画像に写った文字を読んでください
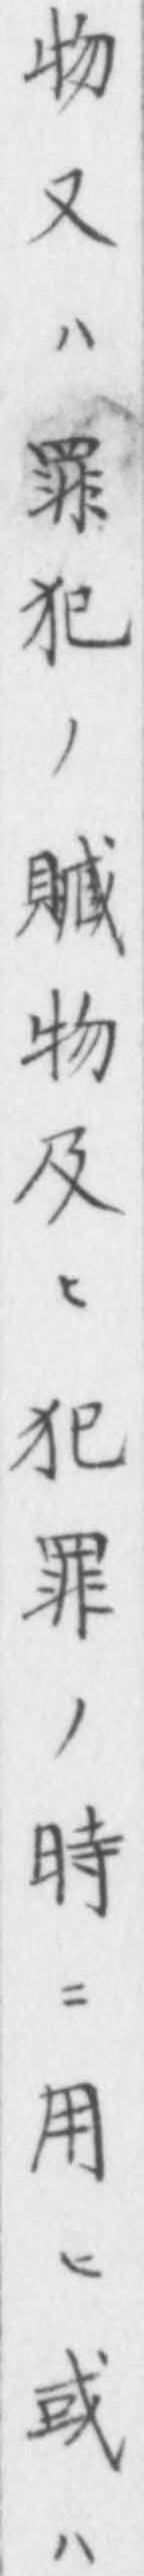
「物又ハ罪犯ノ贓物及ヒ犯罪ノ時ニ用ヒ或ハ」と書いてあります